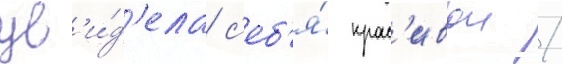
ув'и́д'ела с'еб'я́ крас'ивои /